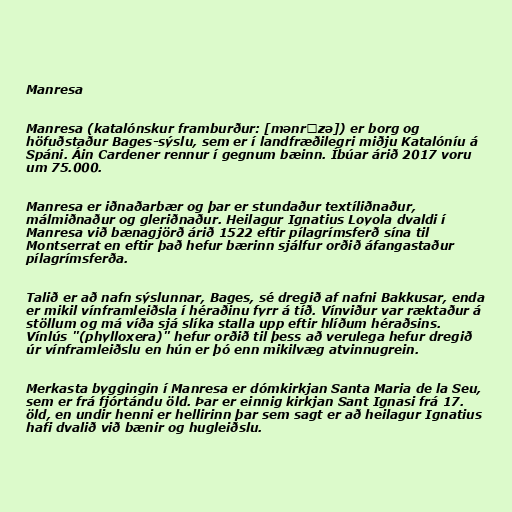
Manresa

Manresa (katalónskur framburður: [mənrɛzə]) er borg og
höfuðstaður Bages-sýslu, sem er í landfræðilegri miðju Katalóníu á
Spáni. Áin Cardener rennur í gegnum bæinn. Íbúar árið 2017 voru
um 75.000.

Manresa er iðnaðarbær og þar er stundaður textíliðnaður,
málmiðnaður og gleriðnaður. Heilagur Ignatius Loyola dvaldi í
Manresa við bænagjörð árið 1522 eftir pílagrímsferð sína til
Montserrat en eftir það hefur bærinn sjálfur orðið áfangastaður
pílagrímsferða.

Talið er að nafn sýslunnar, Bages, sé dregið af nafni Bakkusar, enda
er mikil vínframleiðsla í héraðinu fyrr á tíð. Vínviður var ræktaður á
stöllum og má víða sjá slíka stalla upp eftir hlíðum héraðsins.
Vínlús "(phylloxera)" hefur orðið til þess að verulega hefur dregið
úr vínframleiðslu en hún er þó enn mikilvæg atvinnugrein.

Merkasta byggingin í Manresa er dómkirkjan Santa Maria de la Seu,
sem er frá fjórtándu öld. Þar er einnig kirkjan Sant Ignasi frá 17.
öld, en undir henni er hellirinn þar sem sagt er að heilagur Ignatius
hafi dvalið við bænir og hugleiðslu.